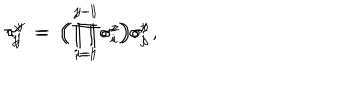
\tau _ { j } ^ { x } \; = \; \Big ( \prod _ { i = 1 } ^ { j - 1 } \sigma _ { i } ^ { z } \Bigr ) \sigma _ { j } ^ { x } \, , \hspace { 2 . 5 c m } \tau _ { j } ^ { y } \; = \; \Big ( \prod _ { i = 1 } ^ { j - 1 } \sigma _ { i } ^ { z } \Bigr ) \sigma _ { j } ^ { y }